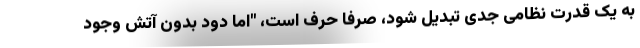
به یک قدرت نظامی جدی تبدیل شود، صرفاً حرف است، "اما دود بدون آتش وجود